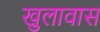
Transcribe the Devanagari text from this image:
खुलावास